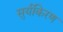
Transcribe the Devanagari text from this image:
सुर्यकिरण